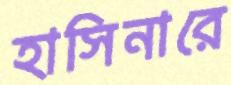
হাসিনারে